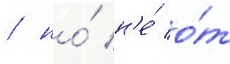
/ но́ н'е́ о́т